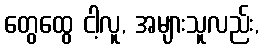
တွေထွေ ငါ့လူ, အများသူလည်း,